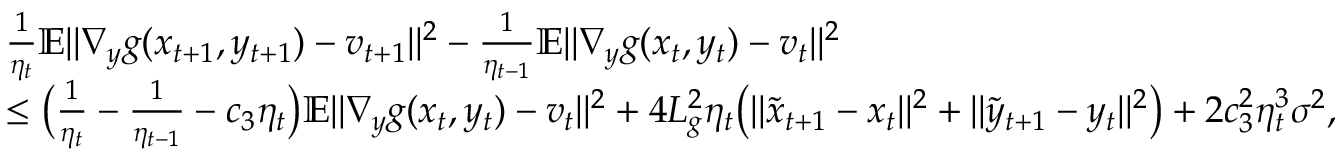
\begin{array} { r l } & { \frac { 1 } { \eta _ { t } } \mathbb { E } \| \nabla _ { y } g ( x _ { t + 1 } , y _ { t + 1 } ) - v _ { t + 1 } \| ^ { 2 } - \frac { 1 } { \eta _ { t - 1 } } \mathbb { E } \| \nabla _ { y } g ( x _ { t } , y _ { t } ) - v _ { t } \| ^ { 2 } } \\ & { \leq \big ( \frac { 1 } { \eta _ { t } } - \frac { 1 } { \eta _ { t - 1 } } - c _ { 3 } \eta _ { t } \big ) \mathbb { E } \| \nabla _ { y } g ( x _ { t } , y _ { t } ) - v _ { t } \| ^ { 2 } + 4 L _ { g } ^ { 2 } \eta _ { t } \big ( \| \tilde { x } _ { t + 1 } - x _ { t } \| ^ { 2 } + \| \tilde { y } _ { t + 1 } - y _ { t } \| ^ { 2 } \big ) + 2 c _ { 3 } ^ { 2 } \eta _ { t } ^ { 3 } \sigma ^ { 2 } , } \end{array}